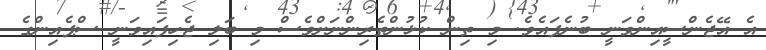
އެ އޭޖެންސީއިންވަނީ ބުނެފައެވެ. މި ތިން ކުޅުންތެރިންނަށްވެސް މި ބަލި ޖެހިފައިވަނީ ސްޕެއިންގެ